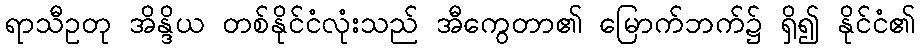
ရာသီဥတု အိန္ဒိယ တစ်နိုင်ငံလုံးသည် အီကွေတာ၏ မြောက်ဘက်၌ ရှိ၍ နိုင်ငံ၏